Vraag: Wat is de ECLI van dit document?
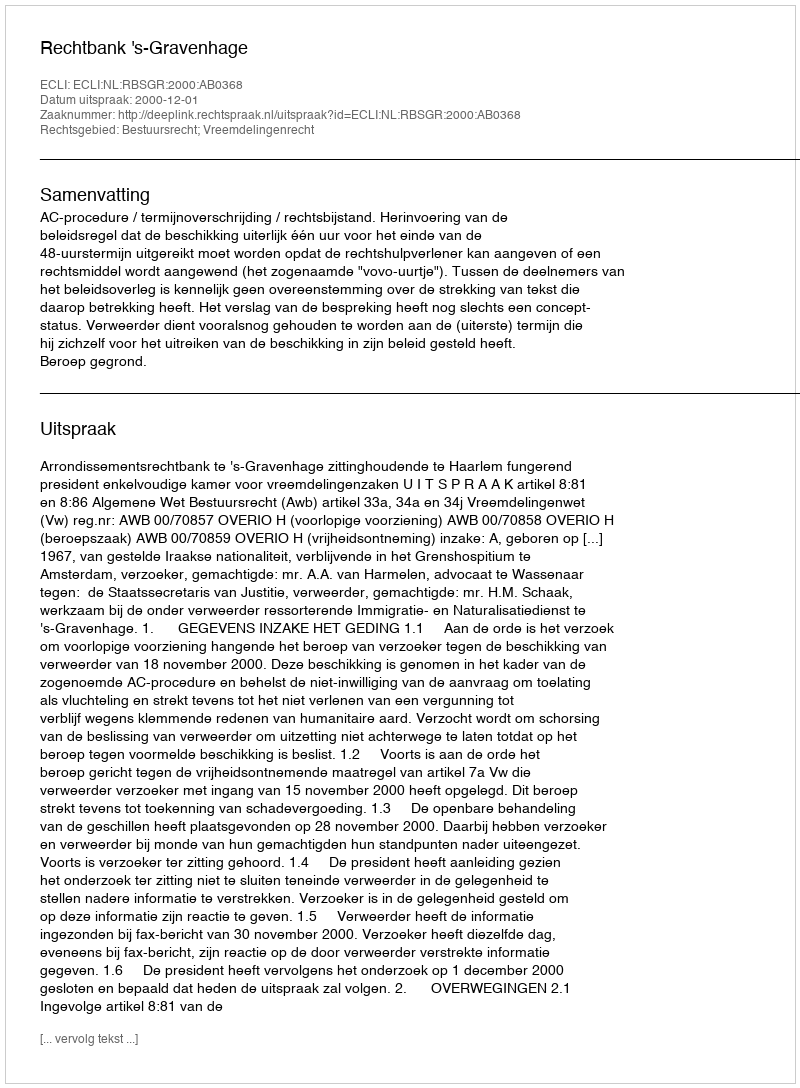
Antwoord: ECLI:NL:RBSGR:2000:AB0368